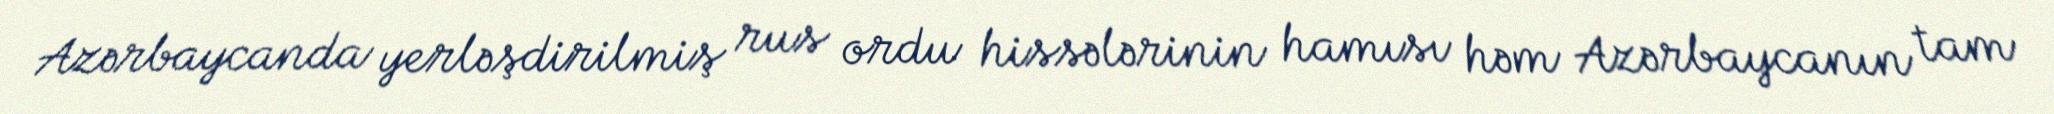
Azərbaycanda yerləşdirilmiş rus ordu hissələrinin hamısı həm Azərbaycanın tam